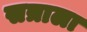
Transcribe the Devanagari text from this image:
सत्राला